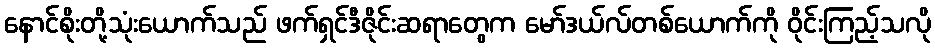
နောင်စိုးတို့သုံးယောက်သည် ဖက်ရှင်ဒီဇိုင်းဆရာတွေက မော်ဒယ်လ်တစ်ယောက်ကို ဝိုင်းကြည့်သလို